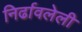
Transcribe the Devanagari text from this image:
निर्ढावलेली